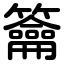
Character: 籥